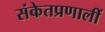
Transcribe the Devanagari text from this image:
संकेतप्रणालीं